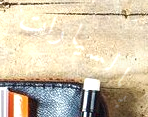
بالسيارات